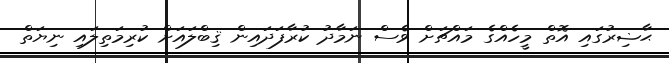
ޙާޟިރުގައި އޮތް މީހެއްގެ މައްޗަށް ވެސް ނަމާދު ކުރާފަދައިން ޤިބްލައަށް ކުރިމަތިލައި ނިޔަތް